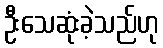
ဦးသေဆုံးခဲ့သည်ဟု